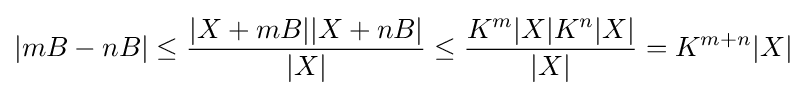
|mB-nB|\leq {\frac {|X+mB||X+nB|}{|X|}}\leq {\frac {K^{m}|X|K^{n}|X|}{|X|}}=K^{m+n}|X|